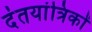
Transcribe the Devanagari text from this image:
दंतयांत्रिकों